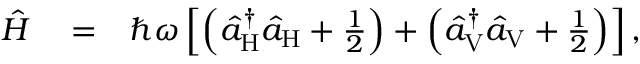
\begin{array} { r l r } { \hat { H } } & { { } = } & { \hbar \omega \left[ \left( \hat { a } _ { \mathrm { H } } ^ { \dagger } \hat { a } _ { \mathrm { H } } + \frac { 1 } { 2 } \right) + \left( \hat { a } _ { \mathrm { V } } ^ { \dagger } \hat { a } _ { \mathrm { V } } + \frac { 1 } { 2 } \right) \right] , } \end{array}